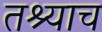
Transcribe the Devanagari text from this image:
तश्याच